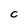
Character: C